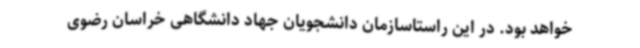
خواهد بود. در این راستاسازمان دانشجویان جهاد دانشگاهی خراسان رضوی